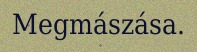
Megmászása.